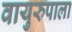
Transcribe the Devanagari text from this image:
वायुरुपाला